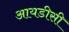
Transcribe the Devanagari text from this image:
आयडीसी